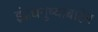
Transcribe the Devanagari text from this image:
इंद्रधनुष्याबाहेर